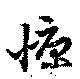
慷